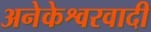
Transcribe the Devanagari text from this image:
अनेकेश्वरवादी